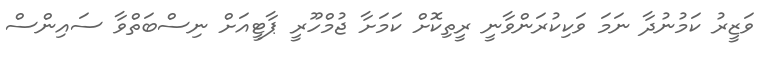
ވަޒީރު ކަމުނުދާ ނަމަ ވަކިކުރަންވާނީ ރީތިކޮށް ކަމަަށާ ޖުމްހޫރީ ޕާޓީއަށް ނިސްބަތްވާ ސައިންސް